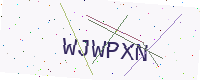
Text: WJWPXN